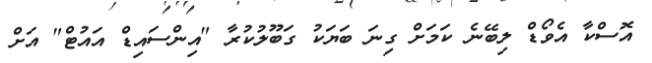
އޮސްކާ އެވޯޑް ލިބޭނެ ކަމަށް ގިނަ ބަޔަކު ގަބޫލުކުރާ "އިންސައިޑް އައުޓް" އަށް